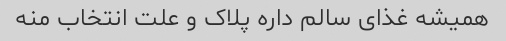
همیشه غذای سالم داره پلاک و علت انتخاب منه